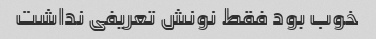
خوب بود فقط نونش تعریفی نداشت